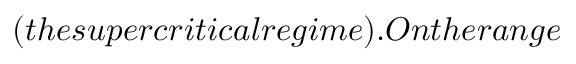
( t h e s u p e r c r i t i c a l r e g i m e ) . O n t h e r a n g e